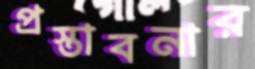
প্রস্তাবনার